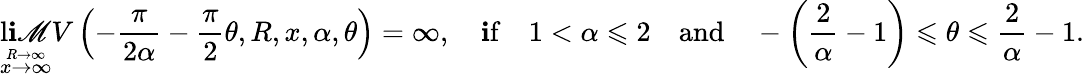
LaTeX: \operatorname*{l\mathbf{i}\mathscr{M}}_{\stackrel{R\to\infty}{x\to\infty}}V\left(-\frac{{\pi}}{{2\alpha}}-\frac{{\pi}}{{2}}\theta,R,x,\alpha,\theta\right)=\infty,\quad\mathrm{{\mathbf{i}f}}\quad1<\alpha\leqslant2\quad\mathrm{{and}}\quad-\left(\frac{{2}}{{\alpha}}-1\right)\leqslant\theta\leqslant\frac{{2}}{{\alpha}}-1.